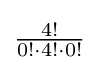
\textstyle {4! \over 0!\cdot 4!\cdot 0!}